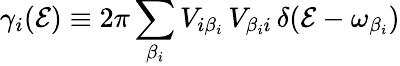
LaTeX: \gamma_{i}(\mathcal{E})\equiv2\pi\sum_{\beta_{i}}V_{i\beta_{i}}\, V_{\beta_{i}i}\, \delta(\mathcal{E}-\omega_{\beta_{i}})